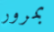
بمرور